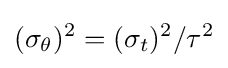
(\sigma _{\theta })^{2}=(\sigma _{t})^{2}/\tau ^{2}